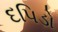
દપિડો